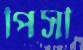
পিসী